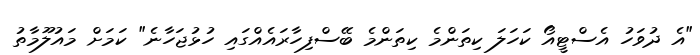
"އެ ދުވަހު އެސްޓީއޯ ކަހަލަ ކިތަންމެ ކިތަންމެ ބޭސްފިހާރައެއްގައި ހުޅުޖަހާނެ" ކަމަށް މައުލޫމާތު